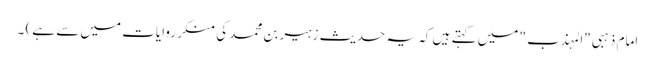
امام ذہبی "المہذب " میں کہتے ہیں کہ یہ حدیث زہیر بن محمد کی منکر روایات میں سے ہے) ۔